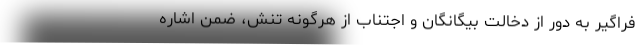
فراگیر به دور از دخالت بیگانگان و اجتناب از هرگونه تنش، ضمن اشاره